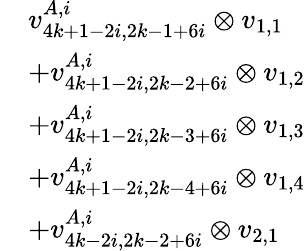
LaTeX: \begin{array}{rl}&{v_{4k+1-2i,2k-1+6i}^{A,i}\otimes v_{1,1}}\\ &{+v_{4k+1-2i,2k-2+6i}^{A,i}\otimes v_{1,2}}\\ &{+v_{4k+1-2i,2k-3+6i}^{A,i}\otimes v_{1,3}}\\ &{+v_{4k+1-2i,2k-4+6i}^{A,i}\otimes v_{1,4}}\\ &{+v_{4k-2i,2k-2+6i}^{A,i}\otimes v_{2,1}}\end{array}